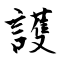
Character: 護